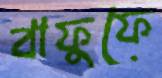
বাফুফে